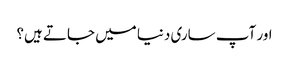
اور آپ ساری دنیا میں جاتے ہیں؟